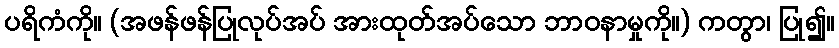
ပရိကံကို။ (အဖန်ဖန်ပြုလုပ်အပ် အားထုတ်အပ်သော ဘာဝနာမှုကို။) ကတွာ၊ ပြု၍။